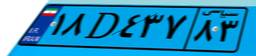
۱۸D۴۳۷۸۳